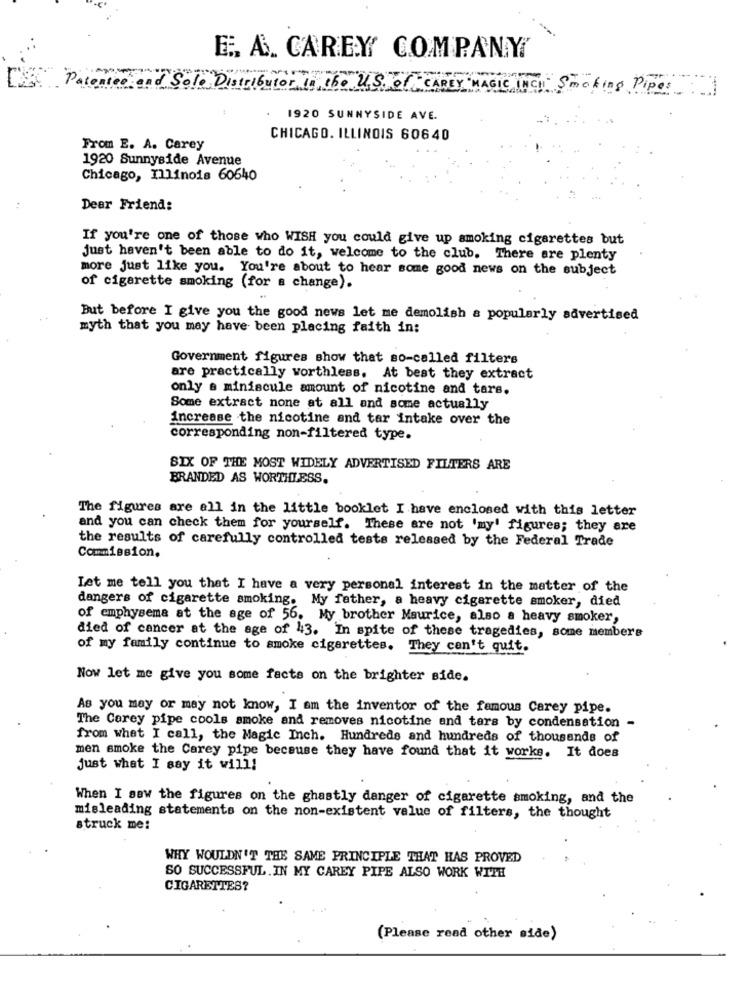
E. A. CAREY COMPANY
Patente
Solo Distributor in the U.S. of CAREY"MAGIC INCH Smoking Pipes
1920 SUNNYSIDE AVE.
CHICAGO. ILLINOIS 60640
From E. A. Carey
1920 Sunnyside Avenue
Chicago, Illinois 60640
Dear Friend:
If you're one of those who WISH you could give up smoking cigarettes but
just haven't been able to do it, welcome to the club. There are plenty
more just like you. You're about to hear some good news on the subject
of cigarette smoking (for a change).
But before I give you the good news let me demolish a popularly advertised
myth that you may have been placing faith in:
Government figures show that so-called filters
are practically worthless. At best they extract
only a miniscule amount of nicotine and tars.
Some extract none at all and some actually
increase the nicotine and tar intake over the
corresponding non-filtered type.
SIX OF THE MOST WIDELY ADVERTISED FILTERS ARE
BRANDED AS WORTHLESS.
The figures are all in the little booklet I have enclosed with this letter
and you can check them for yourself. These are not 'my' figures; they are
the results of carefully controlled tests released by the Federal Trade
Commission.
Let me tell you that I have a very personal interest in the matter of the
dangers of cigarette smoking. My father, a heavy cigarette smoker, died
of emphysema at the age of 56. My brother Maurice, also a heavy smoker,
died of cancer at the age of 43. In spite of these tragedies, some members
of my family continue to smoke cigarettes. They can't quit.
Now let me give you some facts on the brighter side.
As you may or may not know, I am the inventor of the famous Carey pipe.
The Carey pipe cools smoke and removes nicotine and tars by condensation -
from what I call, the Magic Inch. Hundreds and hundreds of thousands of
men smoke the Carey pipe because they have found that it works. It does
just what I say it will!
When I saw the figures on the ghastly danger of cigarette smoking, and the
misleading statements on the non-existent value of filters, the thought
struck me:
WHY WOULDN'T THE SAME PRINCIPLE THAT HAS PROVED
SO SUCCESSFUL.IN MY CAREY PIPE ALSO WORK WITH
CIGARETTES?
(Please read other side)